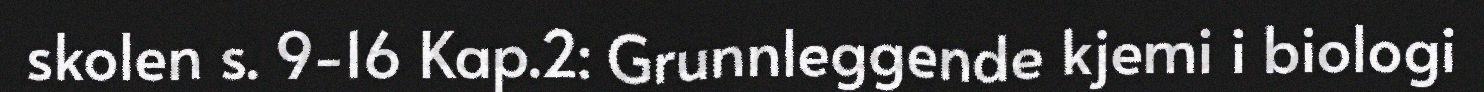
skolen s. 9-16 Kap.2: Grunnleggende kjemi i biologi